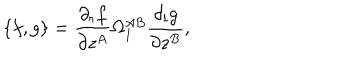
LaTeX: \{ f , g \} = \frac { \partial _ { r } f } { \partial z ^ { A } } \Omega _ { 1 } ^ { A B } \frac { \partial _ { l } g } { \partial z ^ { B } } ,